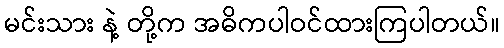
မင်းသား နဲ့ တို့က အဓိကပါဝင်ထားကြပါတယ်။